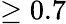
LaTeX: \geq 0.7